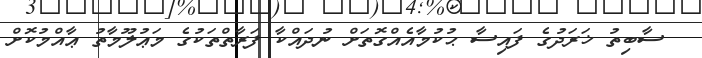
ސާބިތު ޚަރަދުގެ ފައިސާ ޙުކުމާއެއްގޮތަށް ނުދައްކާ ފަރާތްތަކުގެ މަޢުލޫމާތު ޢާއްމުކޮށް